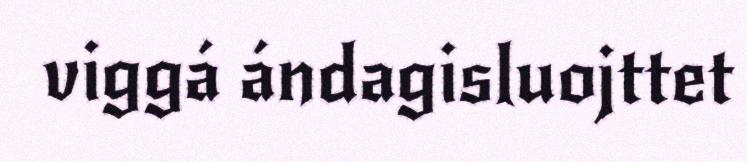
viggá ándagisluojttet